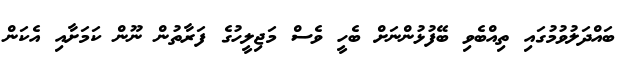
ބައްދަލުވުމުގައި ތިއްބެވި ބޭފުޅުންނަށް ބެހީ ވެސް މަޖިލީހުގެ ފަރާތުން ނޫން ކަމަށާއި އެކަން